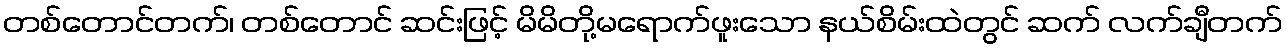
တစ်တောင်တက်၊ တစ်တောင် ဆင်းဖြင့် မိမိတို့မရောက်ဖူးသော နယ်စိမ်းထဲတွင် ဆက် လက်ချီတက်